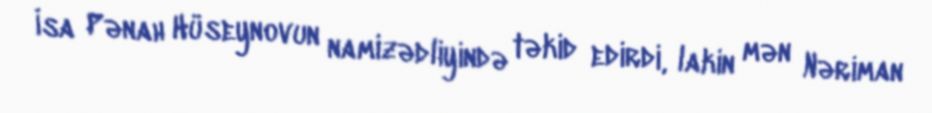
İsa Pənah Hüseynovun namizədliyində təkid edirdi, lakin mən Nəriman